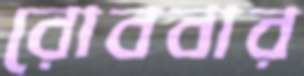
রোববার